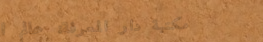
مكتبة دار المعرفة: عالم ا